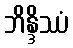
ဘိန္ဒိဿံ